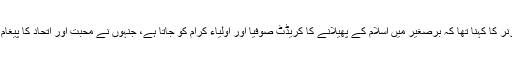
گورنر کا کہنا تھا کہ برصغیر میں اسلام کے پھیلانے کا کریڈٹ صوفیا اور اولیاء کرام کو جاتا ہے، جنہوں نے محبت اور اتحاد کا پیغام دیا۔